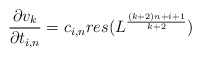
\begin{align*}\frac{\partial v_k}{\partial t_{i,n}} = c_{i,n} res (L^{\frac{(k+2)n+i+1}{k+2}} )\end{align*}